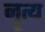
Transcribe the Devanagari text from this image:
नॄत्य